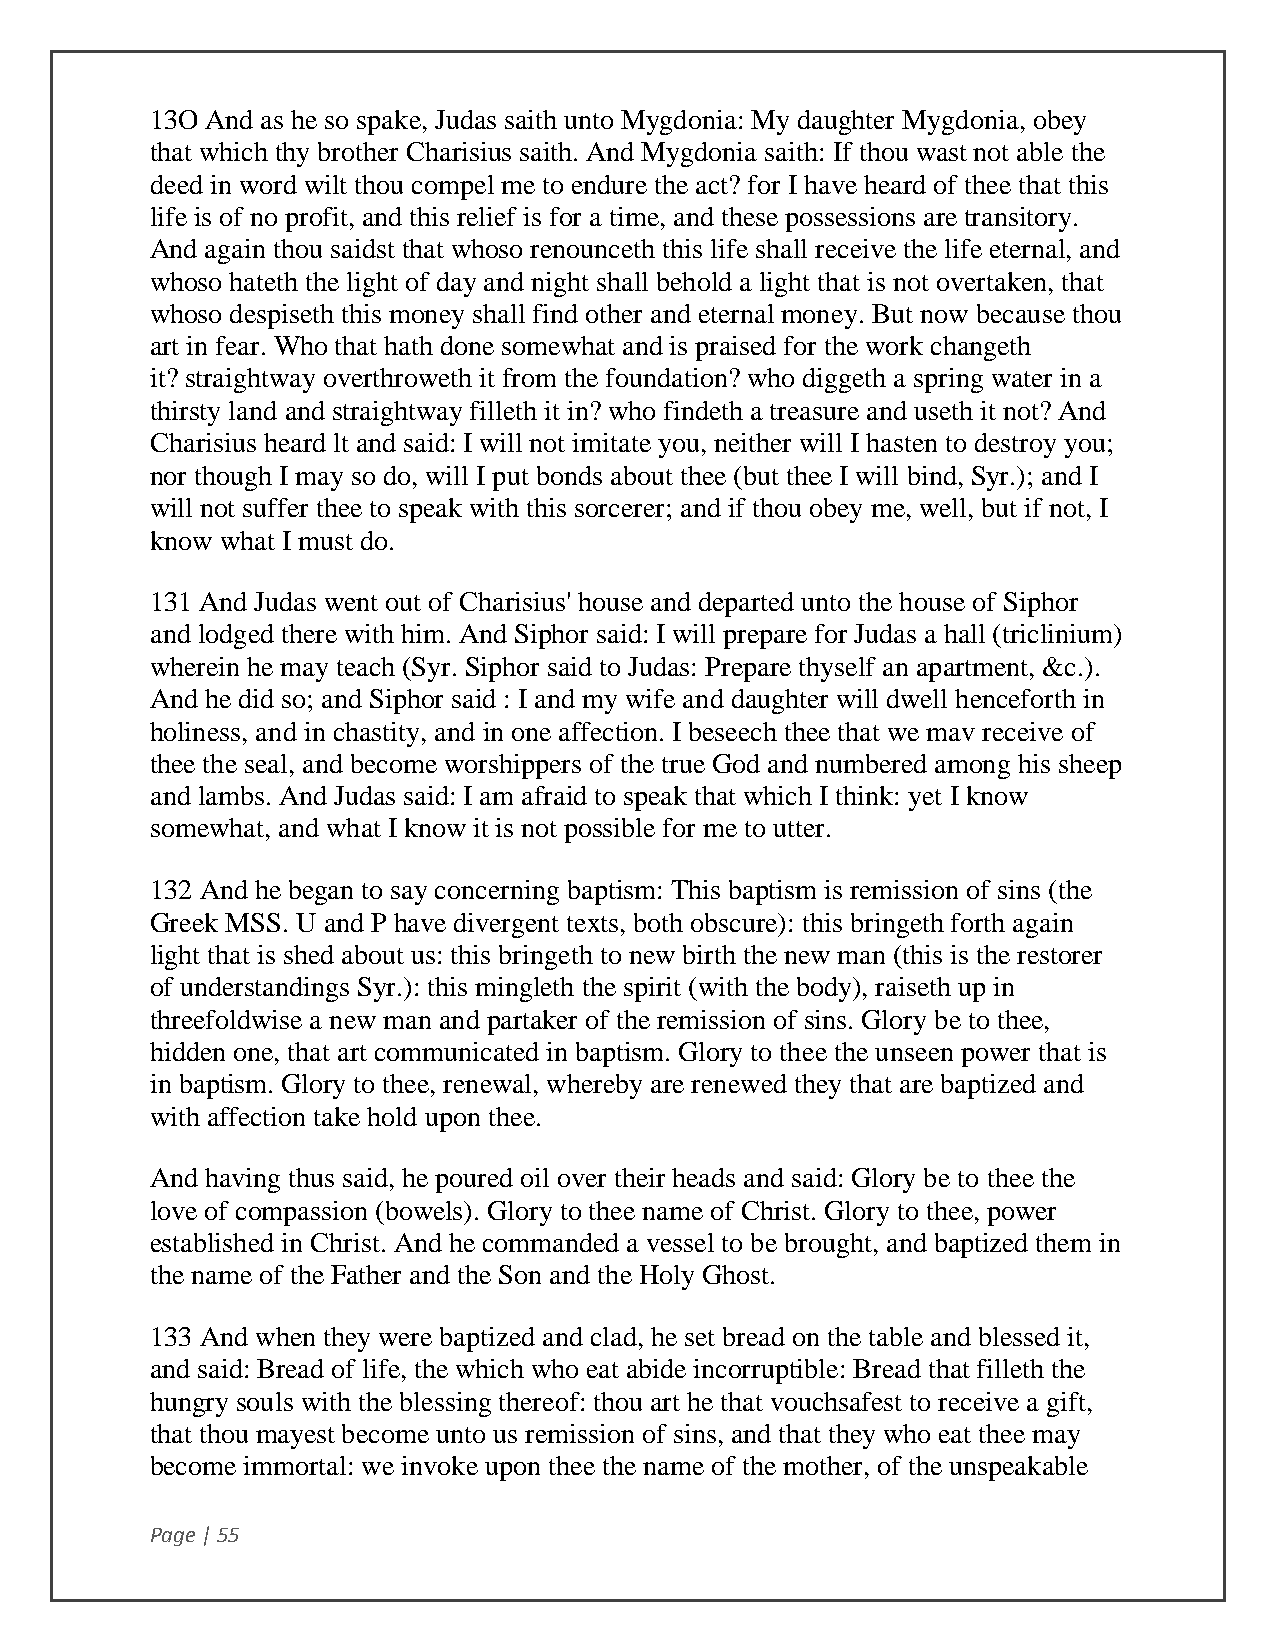
13O And as he so spake, Judas saith unto Mygdonia: My daughter Mygdonia, obey
 that which thy brother Charisius saith. And Mygdonia saith: If thou wast not able the
 deed in word wilt thou compel me to endure the act? for I have heard of thee that this
 life is of no profit, and this relief is for a time, and these possessions are transitory.
 And again thou saidst that whoso renounceth this life shall receive the life eternal, and
 whoso hateth the light of day and night shall behold a light that is not overtaken, that
 whoso despiseth this money shall find other and eternal money. But now because thou
 art in fear. Who that hath done somewhat and is praised for the work changeth
 it? straightway overthroweth it from the foundation? who diggeth a spring water in a
 thirsty land and straightway filleth it in? who findeth a treasure and useth it not? And
 Charisius heard lt and said: I will not imitate you, neither will I hasten to destroy you;
 nor though I may so do, will I put bonds about thee (but thee I will bind, Syr.); and I
 will not suffer thee to speak with this sorcerer; and if thou obey me, well, but if not, I
 know what I must do.
 131 And Judas went out of Charisius' house and departed unto the house of Siphor
 and lodged there with him. And Siphor said: I will prepare for Judas a hall (triclinium)
 wherein he may teach (Syr. Siphor said to Judas: Prepare thyself an apartment, &c.).
 And he did so; and Siphor said : I and my wife and daughter will dwell henceforth in
 holiness, and in chastity, and in one affection. I beseech thee that we mav receive of
 thee the seal, and become worshippers of the true God and numbered among his sheep
 and lambs. And Judas said: I am afraid to speak that which I think: yet I know
 somewhat, and what I know it is not possible for me to utter.
 132 And he began to say concerning baptism: This baptism is remission of sins (the
 Greek MSS. U and P have divergent texts, both obscure): this bringeth forth again
 light that is shed about us: this bringeth to new birth the new man (this is the restorer
 of understandings Syr.): this mingleth the spirit (with the body), raiseth up in
 threefoldwise a new man and partaker of the remission of sins. Glory be to thee,
 hidden one, that art communicated in baptism. Glory to thee the unseen power that is
 in baptism. Glory to thee, renewal, whereby are renewed they that are baptized and
 with affection take hold upon thee.
 And having thus said, he poured oil over their heads and said: Glory be to thee the
 love of compassion (bowels). Glory to thee name of Christ. Glory to thee, power
 established in Christ. And he commanded a vessel to be brought, and baptized them in
 the name of the Father and the Son and the Holy Ghost.
 133 And when they were baptized and clad, he set bread on the table and blessed it,
 and said: Bread of life, the which who eat abide incorruptible: Bread that filleth the
 hungry souls with the blessing thereof: thou art he that vouchsafest to receive a gift,
 that thou mayest become unto us remission of sins, and that they who eat thee may
 become immortal: we invoke upon thee the name of the mother, of the unspeakable
 Page | 55